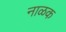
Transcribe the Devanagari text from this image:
नाळक